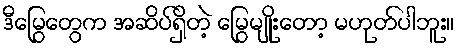
ဒီမြွေတွေက အဆိပ်ရှိတဲ့ မြွေမျိုးတော့ မဟုတ်ပါဘူး။